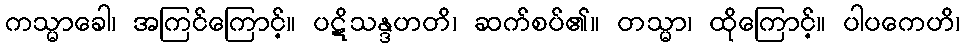
ကသ္မာခေါ၊ အကြင်ကြောင့်။ ပဋိသန္ဒဟတိ၊ ဆက်စပ်၏။ တသ္မာ၊ ထိုကြောင့်။ ပါပကေဟိ၊